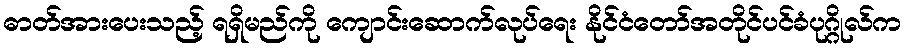
ဓာတ်အားပေးသည့် ရရှိမည်ကို ကျောင်းဆောက်လုပ်ရေး နိုင်ငံတော်အတိုင်ပင်ခံပုဂ္ဂိုလ်က